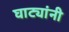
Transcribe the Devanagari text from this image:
घाट्यांनी